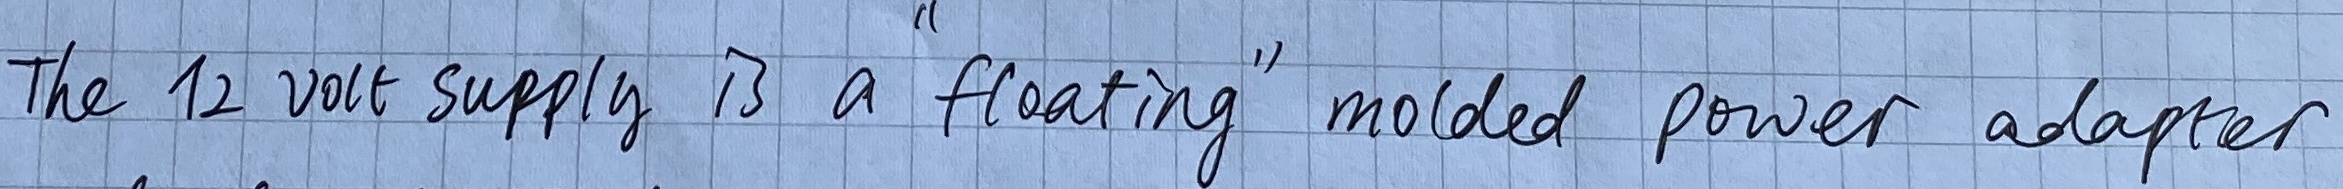
Text: The12 volt supply is a "floating" molded power adapter